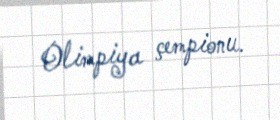
Olimpiya çempionu.